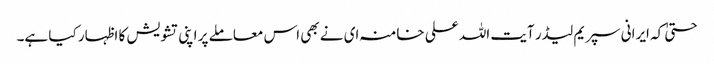
حتیٰ کہ ایرانی سپریم لیڈر آیت اللہ علی خامنہ ای نے بھی اس معاملے پر اپنی تشویش کا اظہار کیا ہے۔